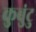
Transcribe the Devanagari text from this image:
कुबुंटु